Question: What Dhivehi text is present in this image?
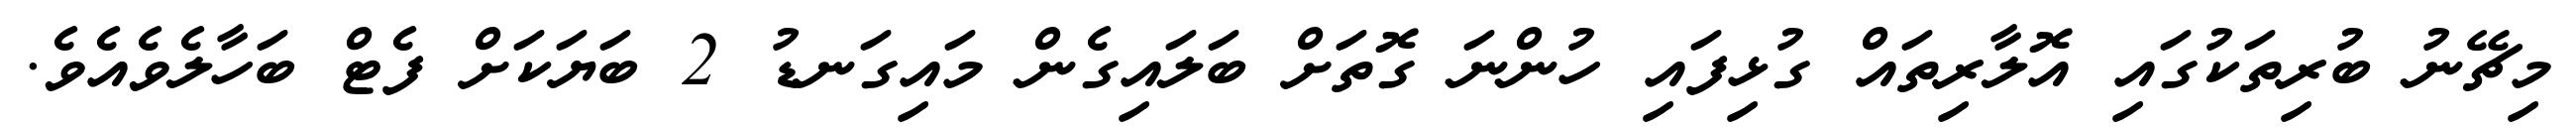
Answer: މިޗޭނު ބުރިތަކުގައި އޮލާރިތައް ގުޅިފައި ހުންނަ ގޮތަށް ބަލައިގެން މައިގަނޑު 2 ބަޔަކަށް ފެޓް ބަހާލެވެއެވެ.